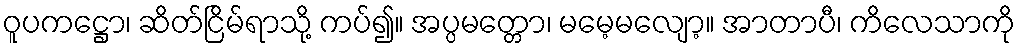
ဝူပကဋ္ဌော၊ ဆိတ်ငြိမ်ရာသို့ ကပ်၍။ အပ္ပမတ္တော၊ မမေ့မလျော့။ အာတာပီ၊ ကိလေသာကို